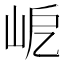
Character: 𡶃